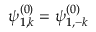
\psi _ { 1 , k } ^ { ( 0 ) } = \psi _ { 1 , - k } ^ { ( 0 ) }